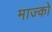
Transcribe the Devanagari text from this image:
माज्को